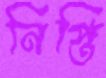
নিপ্তি